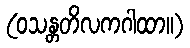
(ဝသန္တတိလကဂါထာ။)